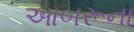
આબરૂના